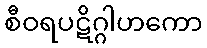
စီဝရပဋိဂ္ဂါဟကော